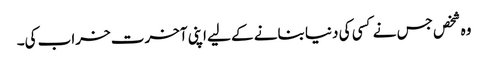
وہ شخص جس نے کسی کی دنیا بنانے کے لیے اپنی آخرت خراب کی۔